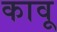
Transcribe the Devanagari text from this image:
कावू